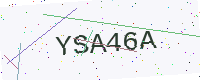
Text: YSA46A